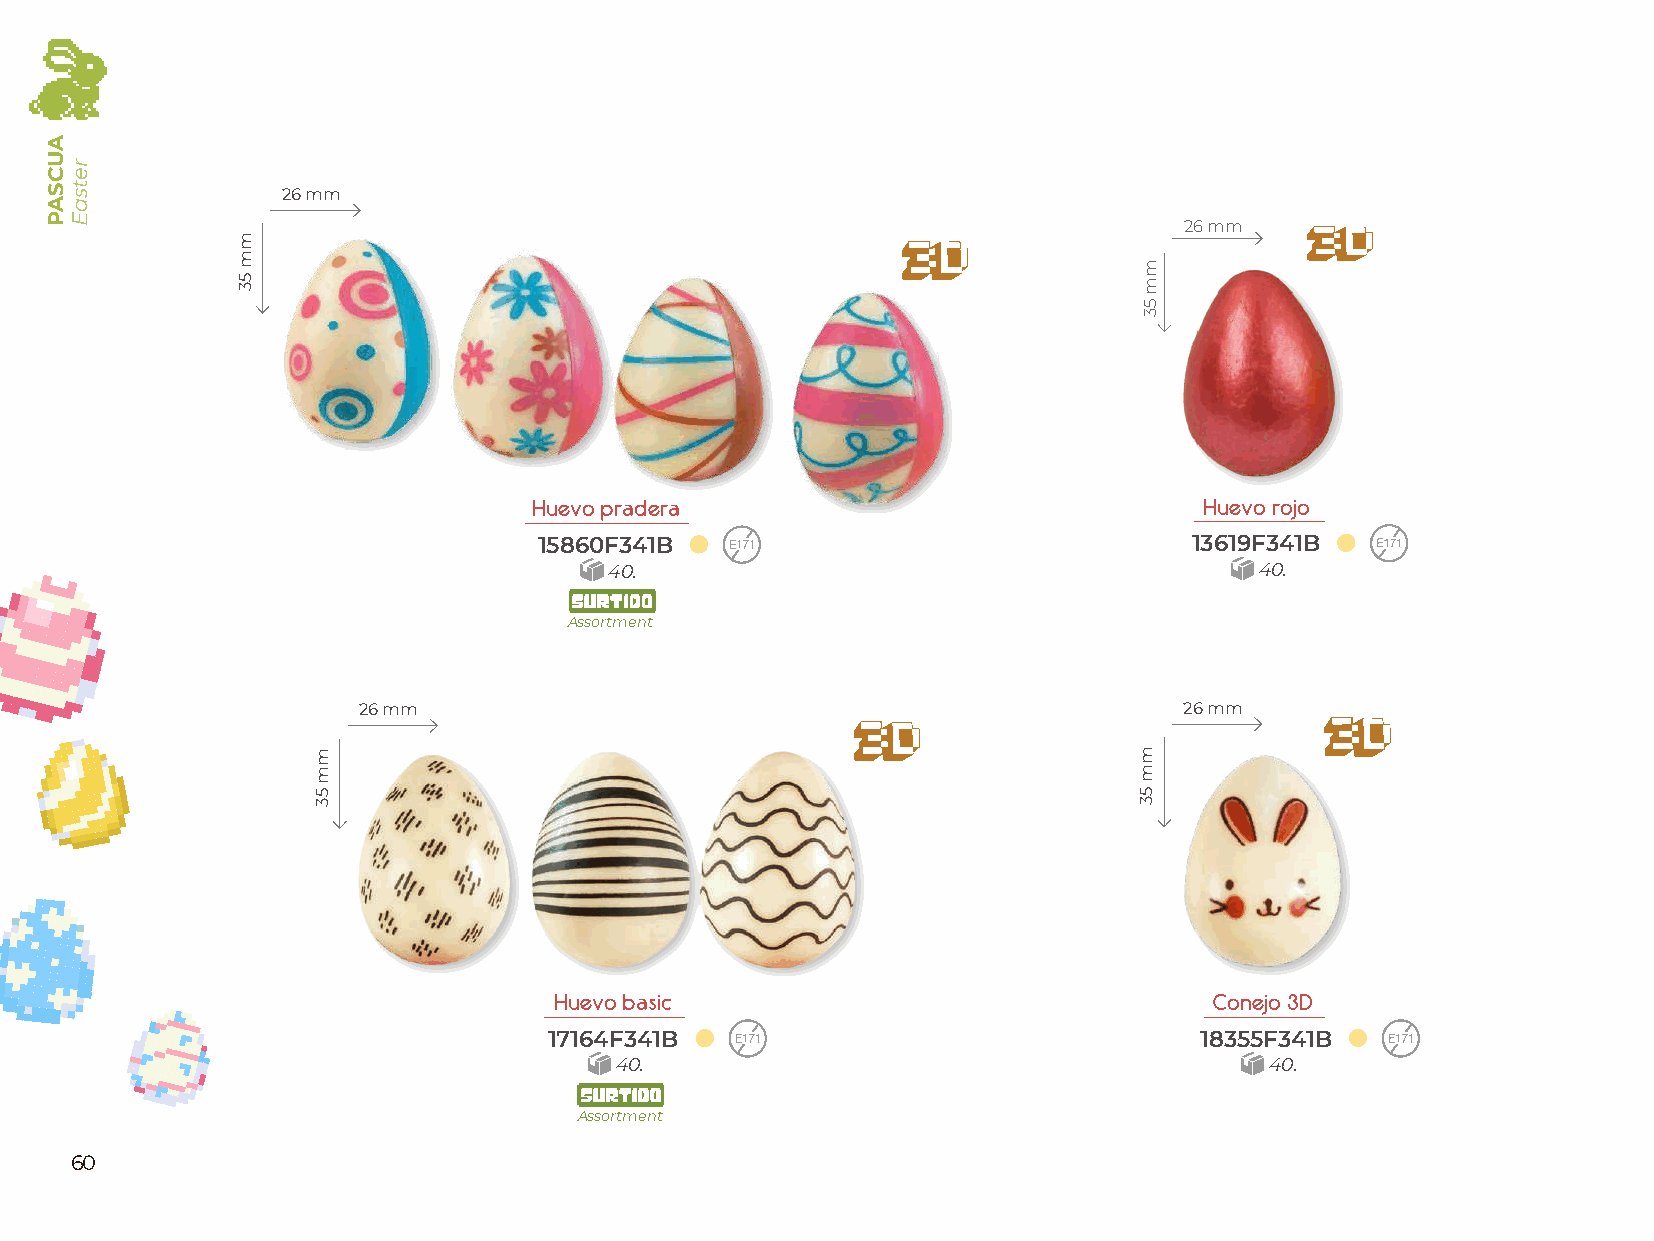
26 mm
 26 mm
 Huevo pradera                                Huevo rojo
 15860F341B                                 13619F341B
 40.                                        40.
 Assortment
 26 mm                                                 26 mm
 Huevo basic                                Conejo 3D
 17164F341B                                 18355F341B
 40.                                        40.
 Assortment
 60
 AUCSAP
 retsaE
 mm
 53
 mm
 53
 mm
 53
 mm
 53